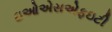
ઇઓએસએફઇટી